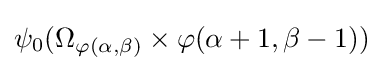
\psi _{0}(\Omega _{\varphi (\alpha ,\beta )}\times \varphi (\alpha +1,\beta -1))